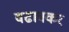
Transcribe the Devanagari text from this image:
वढावकर